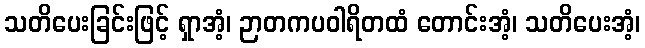
သတိပေးခြင်းဖြင့် ရှာအံ့၊ ဉာတကပဝါရိတထံ တောင်းအံ့၊ သတိပေးအံ့၊